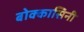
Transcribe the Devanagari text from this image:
बोक्कासिनी